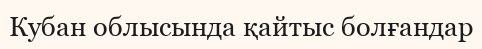
Кубан облысында қайтыс болғандар